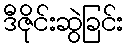
ဒီဇိုင်းဆွဲခြင်း